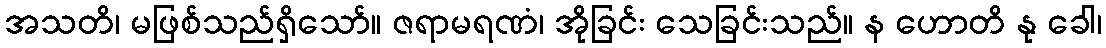
အသတိ၊ မဖြစ်သည်ရှိသော်။ ဇရာမရဏံ၊ အိုခြင်း သေခြင်းသည်။ န ဟောတိ နု ခေါ၊